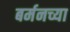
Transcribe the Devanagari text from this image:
बर्मनच्या